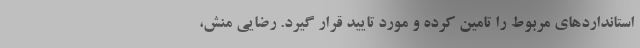
استانداردهای مربوط را تامین کرده و مورد تایید قرار گیرد. رضایی منش،